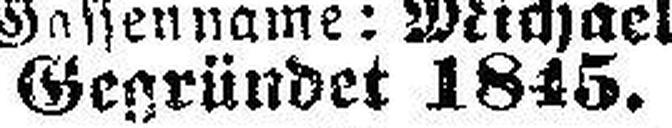
Gegründet 1845.